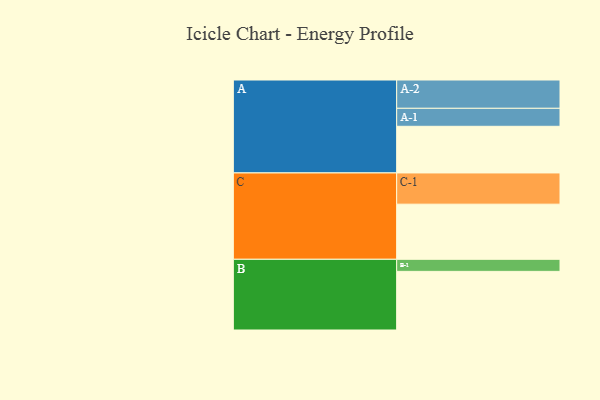
{"axis": {"x": "Segment", "y": "Value"}, "legend": ["", "A", "B", "C"], "data": [{"x": "A", "y": 417, "type": ""}, {"x": "B", "y": 524, "type": ""}, {"x": "C", "y": 493, "type": ""}, {"x": "A-1", "y": 161, "type": "A"}, {"x": "A-2", "y": 253, "type": "A"}, {"x": "B-1", "y": 108, "type": "B"}, {"x": "C-1", "y": 279, "type": "C"}]}